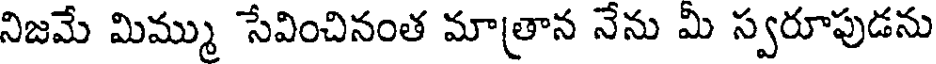
నిజమే మిమ్ము సేవించినంత మాత్రాన నేను మి స్వరూపుడను